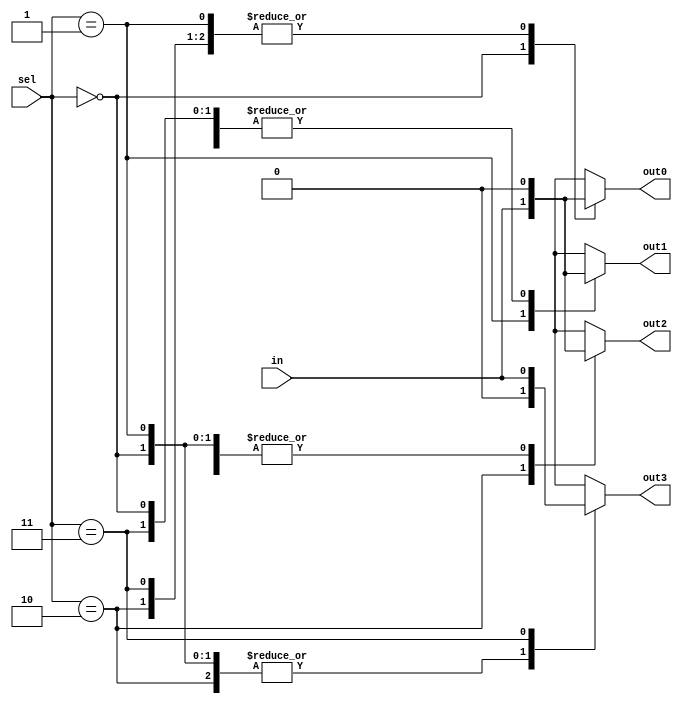
module demux(
    input wire in,
    input wire [1:0] sel,
    output reg out0,
    output reg out1,
    output reg out2,
    output reg out3
);

always @(*)
begin
    case(sel)
        2'b00: begin
            out0 = in;
            out1 = 1'b0;
            out2 = 1'b0;
            out3 = 1'b0;
        end
        2'b01: begin
            out0 = 1'b0;
            out1 = in;
            out2 = 1'b0;
            out3 = 1'b0;
        end
        2'b10: begin
            out0 = 1'b0;
            out1 = 1'b0;
            out2 = in;
            out3 = 1'b0;
        end
        2'b11: begin
            out0 = 1'b0;
            out1 = 1'b0;
            out2 = 1'b0;
            out3 = in;
        end
        default: begin
            out0 = 1'b0;
            out1 = 1'b0;
            out2 = 1'b0;
            out3 = 1'b0;
        end
    endcase
end

endmodule